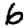
Digit: 6